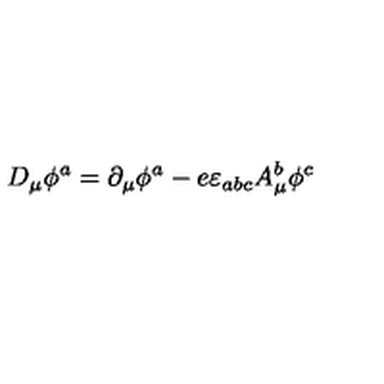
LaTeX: D _ { \mu } \phi ^ { a } = \partial _ { \mu } \phi ^ { a } - e \varepsilon _ { a b c } A _ { \mu } ^ { b } \phi ^ { c }